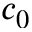
c _ { 0 }